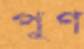
পুণ